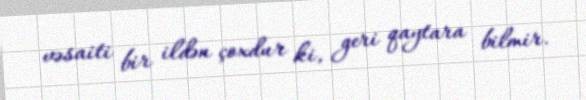
vəsaiti bir ildən çoxdur ki, geri qaytara bilmir.